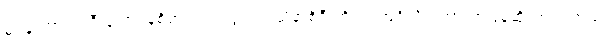
မင်န် ဟာဂျုဒ်ဒီးန် ဘင်န်စိရာဂျ် ရဲ့ သွဗကာသိနာစိရီ ကို က အင်္ဂလိပ် ဘာသာပြန်ဆိုထားပါတယ်။